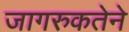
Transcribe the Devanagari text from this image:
जागरुकतेने